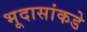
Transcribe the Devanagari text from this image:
भूदासांकडे